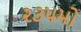
૨૩૫મો